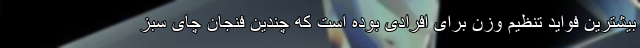
بیشترین فواید تنظیم وزن برای افرادی بوده است که چندین فنجان چای سبز